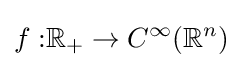
{f:}\mathbb {R} _{+}\to C^{\infty }(\mathbb {R} ^{n})